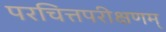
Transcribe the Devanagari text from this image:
परचित्तपरीक्षणम्‌